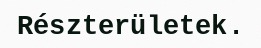
Részterületek.